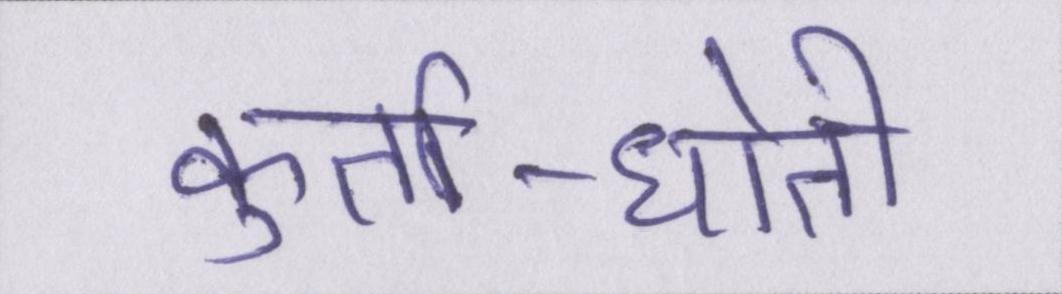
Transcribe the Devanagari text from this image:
कुर्ता-धोती